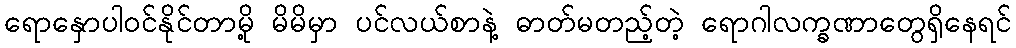
ရောနှောပါဝင်နိုင်တာမို့ မိမိမှာ ပင်လယ်စာနဲ့ ဓာတ်မတည့်တဲ့ ရောဂါလက္ခဏာတွေရှိနေရင်